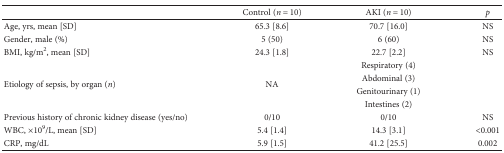
|  | Control (n = 10) | AKI (n = 10) | p |
 | --- | --- | --- | --- |
 | Age, yrs, mean [SD] | 65.3 [8.6] | 70.7 [16.0] | NS |
 | Gender, male (%) | 5 (50) | 6 (60) | NS |
 | BMI, kg/m2, mean [SD] | 24.3 [1.8] | 22.7 [2.2] | NS |
 | <ROWSPAN=4> Etiology of sepsis, by organ (n) | <ROWSPAN=4> NA | Respiratory (4) | <ROWSPAN=4>  |
 | Abdominal (3) |
 | Genitourinary (1) |
 | Intestines (2) |
 | Previous history of chronic kidney disease (yes/no) | 0/10 | 0/10 | NS |
 | WBC, ×109/L, mean [SD] | 5.4 [1.4] | 14.3 [3.1] | <0.001 |
 | CRP, mg/dL | 5.9 [1.5] | 41.2 [25.5] | 0.002 |